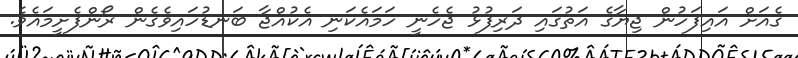
ގެއަށް އައިފަހުން ޖިޔާގެ އަތުގައި ދަރިފުޅު ޖެހެނީ ހަމައެކަނި އެކުއްޖާ ބަނޑުހައިވެގެން ރޯންފެށީމައެވެ.